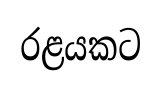
රළයකට